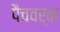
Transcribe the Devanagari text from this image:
पैचवर्क